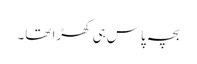
بچہ پاس ہی کھڑا تھا۔